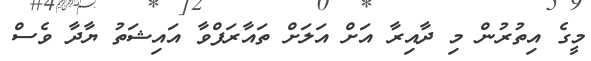
މީގެ އިތުރުން މި ދާއިރާ އަށް އަލަށް ތައާރަފްވާ އައިޝަތު ޔާދާ ވެސް